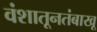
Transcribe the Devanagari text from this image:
वंशातूनतंबाखू